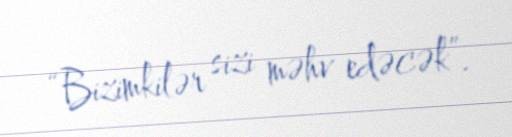
“Bizimkilər sizi məhv edəcək”.